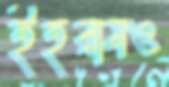
ইহরামও